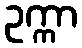
ဥက္ကာ